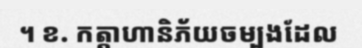
។ ខ. កត្តាហានិភ័យចម្បងដែល